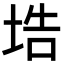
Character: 𡌃